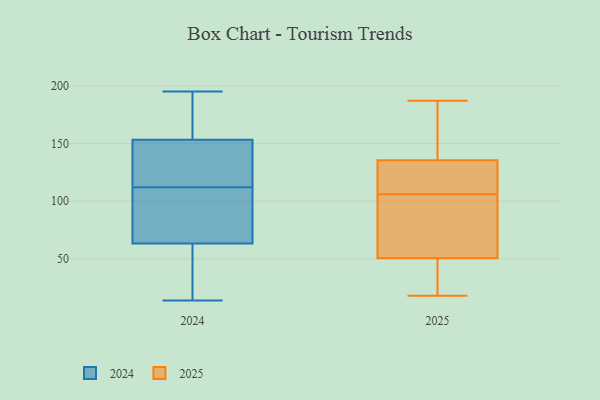
{"axis": {"x": "LTV (USD)", "y": "Value"}, "legend": ["2024", "2025"], "data": [{"x": "", "y": 145, "type": "2024"}, {"x": "", "y": 195, "type": "2024"}, {"x": "", "y": 14, "type": "2024"}, {"x": "", "y": 112, "type": "2024"}, {"x": "", "y": 87, "type": "2024"}, {"x": "", "y": 25, "type": "2024"}, {"x": "", "y": 16, "type": "2024"}, {"x": "", "y": 76, "type": "2024"}, {"x": "", "y": 166, "type": "2024"}, {"x": "", "y": 148, "type": "2024"}, {"x": "", "y": 118, "type": "2024"}, {"x": "", "y": 90, "type": "2024"}, {"x": "", "y": 25, "type": "2024"}, {"x": "", "y": 167, "type": "2024"}, {"x": "", "y": 101, "type": "2024"}, {"x": "", "y": 193, "type": "2024"}, {"x": "", "y": 149, "type": "2024"}, {"x": "", "y": 149, "type": "2025"}, {"x": "", "y": 108, "type": "2025"}, {"x": "", "y": 61, "type": "2025"}, {"x": "", "y": 115, "type": "2025"}, {"x": "", "y": 116, "type": "2025"}, {"x": "", "y": 59, "type": "2025"}, {"x": "", "y": 130, "type": "2025"}, {"x": "", "y": 187, "type": "2025"}, {"x": "", "y": 141, "type": "2025"}, {"x": "", "y": 39, "type": "2025"}, {"x": "", "y": 38, "type": "2025"}, {"x": "", "y": 166, "type": "2025"}, {"x": "", "y": 76, "type": "2025"}, {"x": "", "y": 18, "type": "2025"}, {"x": "", "y": 104, "type": "2025"}, {"x": "", "y": 42, "type": "2025"}, {"x": "", "y": 158, "type": "2025"}, {"x": "", "y": 32, "type": "2025"}, {"x": "", "y": 129, "type": "2025"}, {"x": "", "y": 93, "type": "2025"}]}